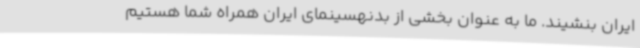
ایران بنشیند. ما به عنوان بخشی از بدنهسینمای ایران همراه شما هستیم